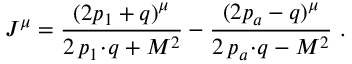
J ^ { \mu } = \frac { ( 2 p _ { 1 } + q ) ^ { \mu } } { 2 \, p _ { 1 } \! \cdot \! q + M ^ { 2 } } - \frac { ( 2 p _ { a } - q ) ^ { \mu } } { 2 \, p _ { a } \! \cdot \! q - M ^ { 2 } } \ .